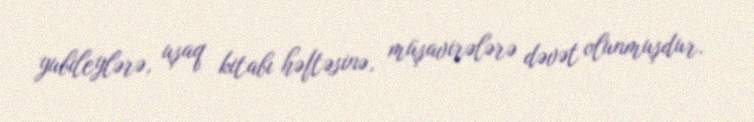
yubileylərə, uşaq kitabı həftəsinə, müşavirələrə dəvət olunmuşdur.